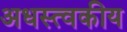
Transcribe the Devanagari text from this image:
अधस्त्वकीय